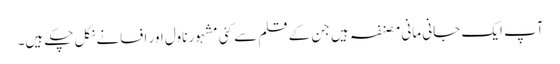
آپ ایک جانی مانی مصنفہ ہیں جن کے قلم سے کئی مشہور ناول اور افسانے نکل چکے ہیں۔